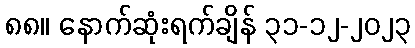
၈၈။ နောက်ဆုံးရက်ချိန် ၃၁-၁၂-၂၀၂၃